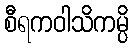
စီရကဝါသိကမ္ပိ